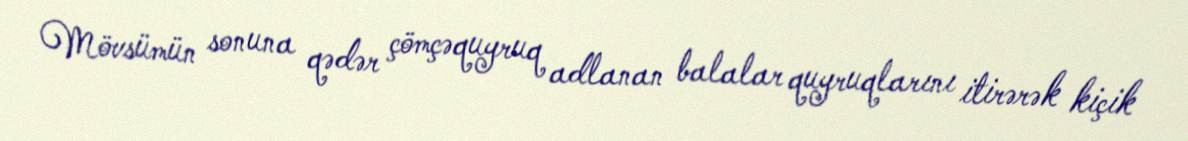
Mövsümün sonuna qədər çömçəquyruq adlanan balalar quyruqlarını itirərək kiçik